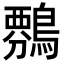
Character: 𪄏